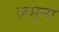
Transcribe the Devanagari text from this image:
ज़मुना